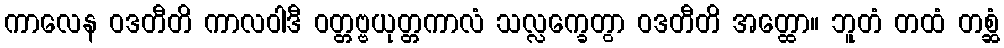
ကာလေန ဝဒတီတိ ကာလဝါဒီ ဝတ္တဗ္ဗယုတ္တကာလံ သလ္လက္ခေတွာ ဝဒတီတိ အတ္ထော။ ဘူတံ တထံ တစ္ဆံ